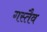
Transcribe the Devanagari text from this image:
गस्तैव